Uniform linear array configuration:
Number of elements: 64
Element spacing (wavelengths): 0.75
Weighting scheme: exponential
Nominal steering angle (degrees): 60
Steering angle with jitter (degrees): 60.212
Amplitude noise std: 0.05
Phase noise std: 0.05

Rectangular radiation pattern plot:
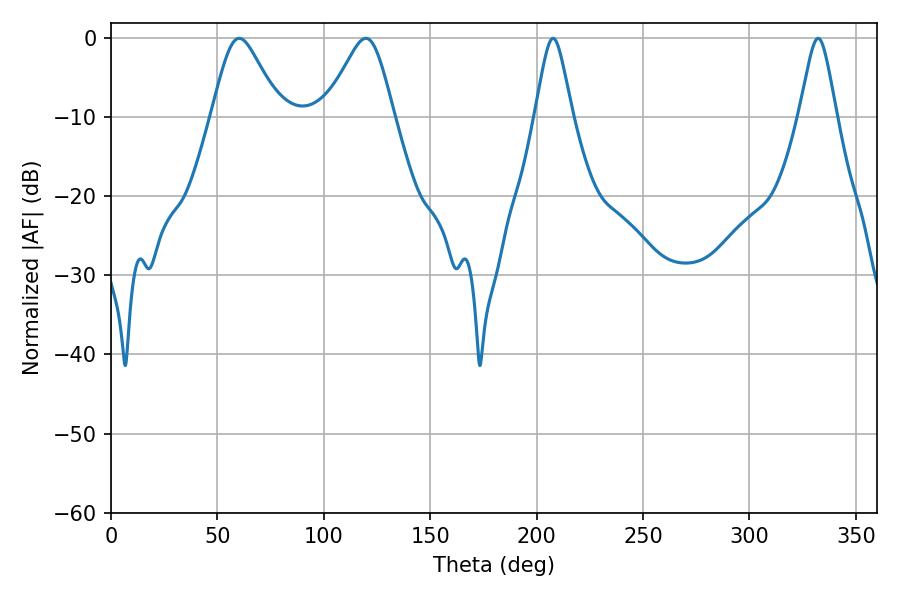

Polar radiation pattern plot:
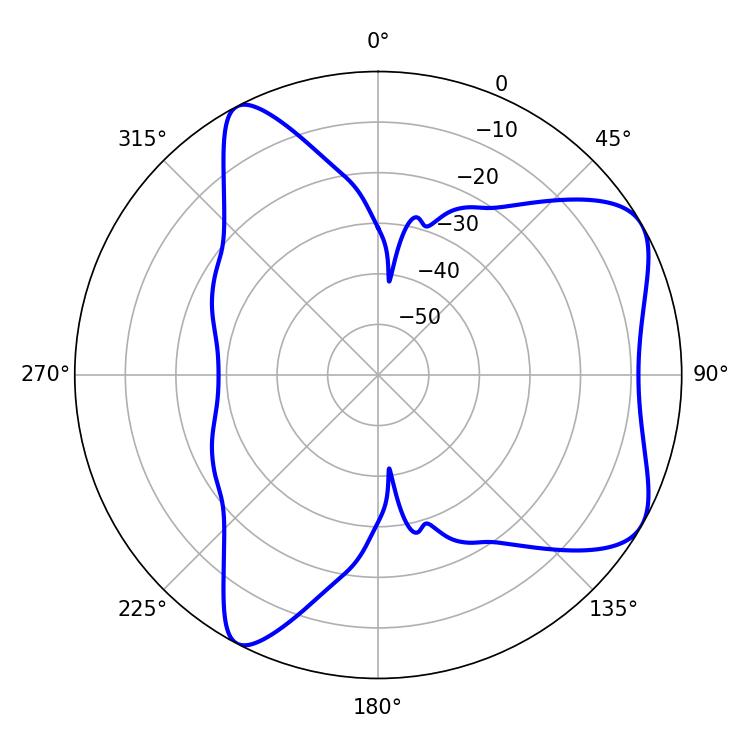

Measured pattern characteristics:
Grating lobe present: TRUE
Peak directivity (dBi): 6.618
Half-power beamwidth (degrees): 8.46
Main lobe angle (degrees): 207.72